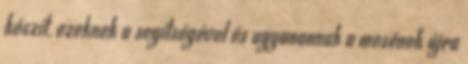
készít, ezeknek a segítségével és ugyanannak a mesének újra